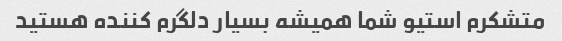
متشکرم استیو شما همیشه بسیار دلگرم کننده هستید